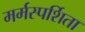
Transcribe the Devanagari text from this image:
मर्मस्पर्शिता